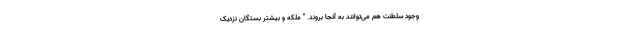
وجود سلطنت هم می‌توانند به آنجا بروند. " ملکه و بیشتر بستگان نزدیک